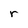
Character: r